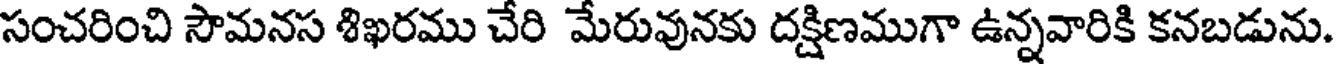
సంచరించి సౌమనస శిఖరము చేరి మేరువునకు దక్షిణముగా ఉన్నవారికి కనబడును.